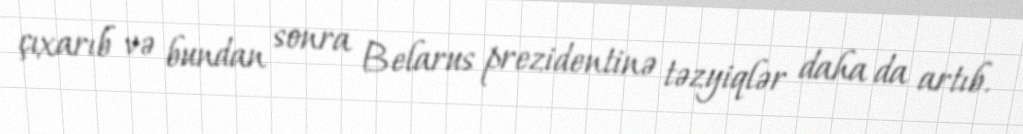
çıxarıb və bundan sonra Belarus prezidentinə təzyiqlər daha da artıb.